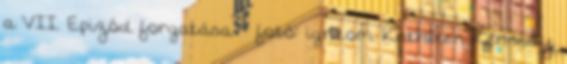
a VII. Epizód forgatása. - fotó: ign.com Kathleen Kennedy,